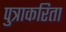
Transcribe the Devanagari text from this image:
पुत्राकरिता